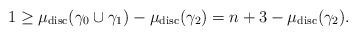
LaTeX: \begin{align*} 1 \geq \mu_{\mathrm{disc}}(\gamma_{0}\cup{\gamma_{1}})-\mu_{\mathrm{disc}}(\gamma_{2})= n+3-\mu_{\mathrm{disc}}(\gamma_{2}).\end{align*}